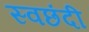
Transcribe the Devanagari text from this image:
स्वछंदी